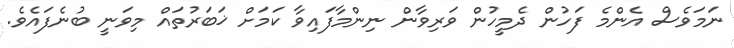
ނަމަވެސް އެންމެ ފަހުން ދެމީހުން ވަރިވާން ނިންމާފައިވާ ކަމަށް ޚަބަރުތައް މިވަނީ ބުނެފައެވެ.